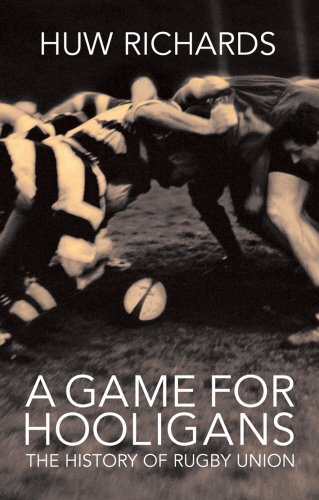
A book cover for A Game for Hooligans: The History of Rugby Union; Huw Richards; Sports & Outdoors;